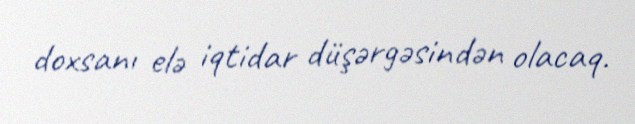
doxsanı elə iqtidar düşərgəsindən olacaq.